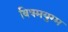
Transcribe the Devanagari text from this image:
विषमयुग्म